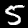
Digit: 5